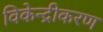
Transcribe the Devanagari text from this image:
विकेन्‍द्रीकरण